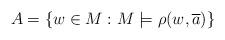
LaTeX: \begin{align*}A=\{w\in M: M\models \rho(w, \overline{a})\}\end{align*}